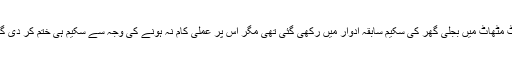
رائیکوٹ مٹھاٹ میں بجلی گھر کی سکیم سابقہ ادوار میں رکھی گئی تھی مگر اس پر عملی کام نہ ہونے کی وجہ سے سکیم ہی ختم کر دی گئی تھی۔